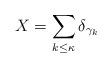
LaTeX: \begin{align*} X = \sum_{k\le\kappa}\delta_{\gamma_k}\end{align*}